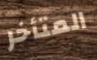
المتأخر